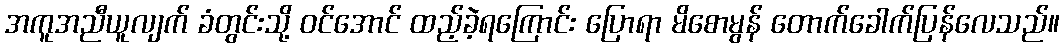
အကူအညီယူလျက် ခံတွင်းသို့ ဝင်အောင် ထည့်ခဲ့ရကြောင်း ပြောရာ မိစောမွန် တောက်ခေါက်ပြန်လေသည်။